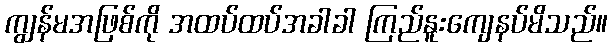
ကျွန်မအဖြစ်ကို အထပ်ထပ်အခါခါ ကြည်နူးကျေနပ်မိသည်။